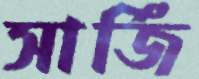
সার্জি